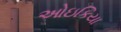
ઓઇકિયા